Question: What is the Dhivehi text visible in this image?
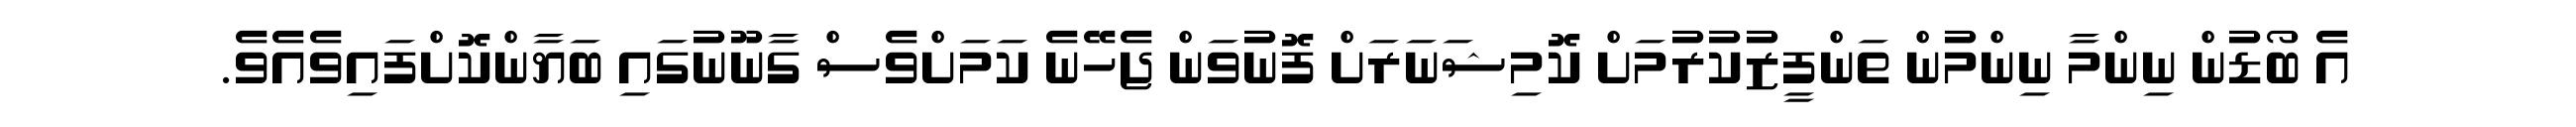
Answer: އެ ބޯޑުން ނިންމާ ނިންމުން ތަންފީޒުކުރުމަށް ކޮމިޝަނަރަށް ފޮނުވަން ޖެހޭނެ ކަމަށްވެސް ގާނޫނުގައި ބަޔާންކޮށްފައިވެއެވެ.